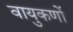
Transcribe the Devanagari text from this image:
वायुकणों